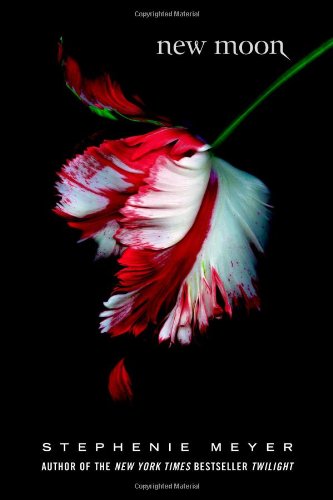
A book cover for New Moon (Twilight); Stephenie Meyer; Teen & Young Adult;